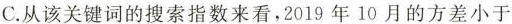
C. 从该关键词的搜索指数来看，2019年10月的方差小于